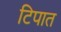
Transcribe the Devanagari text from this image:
टिपात